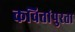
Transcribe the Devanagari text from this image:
कवितांपुरता